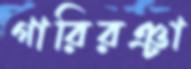
গারিরঞ্চা